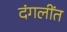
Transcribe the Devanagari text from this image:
दंगलींत